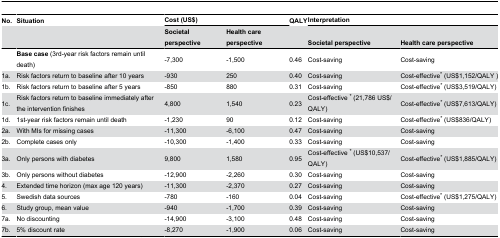
<table><thead><tr><td><b>No.</b></td><td><b>Situation</b></td><td colspan="2"><b>Cost (US$) </b></td><td><b>QALY</b></td><td colspan="2"><b>Interpretation</b></td></tr><tr><td></td><td></td><td><b>Societal perspective</b></td><td><b>Health care perspective</b></td><td></td><td><b>Societal perspective</b></td><td><b>Health care perspective</b></td></tr></thead><tbody><tr><td></td><td><b>Base case</b> (3rd-year risk factors remain until death)</td><td>-7,300</td><td>-1,500</td><td>0.46</td><td>Cost-saving</td><td>Cost-saving</td></tr><tr><td>1a.</td><td>Risk factors return to baseline after 10 years</td><td>-930</td><td>250</td><td>0.40</td><td>Cost-saving</td><td>Cost-effective* (US$1,152/QALY )</td></tr><tr><td>1b.</td><td>Risk factors return to baseline after 5 years</td><td>-850</td><td>880</td><td>0.31</td><td>Cost-saving</td><td>Cost-effective* (US$3,519/QALY)</td></tr><tr><td>1c.</td><td>Risk factors return to baseline immediately after the intervention finishes</td><td>4,800</td><td>1,540</td><td>0.23</td><td>Cost-effective * (21,786 US$/QALY)</td><td>Cost-effective* (US$7,613/QALY)</td></tr><tr><td>1d.</td><td>1st-year risk factors remain until death</td><td>-1,230</td><td>90</td><td>0.12</td><td>Cost-saving</td><td>Cost-effective* (US$836/QALY)</td></tr><tr><td>2a.</td><td>With MIs for missing cases</td><td>-11,300</td><td>-6,100</td><td>0.47</td><td>Cost-saving</td><td>Cost-saving</td></tr><tr><td>2b.</td><td>Complete cases only</td><td>-10,300</td><td>-1,400</td><td>0.33</td><td>Cost-saving</td><td>Cost-saving</td></tr><tr><td>3a.</td><td>Only persons with diabetes </td><td>9,800</td><td>1,580</td><td>0.95</td><td>Cost-effective * (US$10,537/QALY)</td><td>Cost-effective* (US$1,885/QALY)</td></tr><tr><td>3b.</td><td>Only persons without diabetes</td><td>-12,900</td><td>-2,260</td><td>0.30</td><td>Cost-saving</td><td>Cost-saving</td></tr><tr><td>4.</td><td>Extended time horizon (max age 120 years)</td><td>-11,300</td><td>-2,370</td><td>0.27</td><td>Cost-saving</td><td>Cost-saving</td></tr><tr><td>5.</td><td>Swedish data sources</td><td>-780</td><td>-160</td><td>0.04</td><td>Cost-saving</td><td>Cost-effective* (US$1,275/QALY)</td></tr><tr><td>6.</td><td>Study group, mean value</td><td>-940</td><td>-1,700</td><td>0.39</td><td>Cost-saving</td><td>Cost-saving</td></tr><tr><td>7a.</td><td>No discounting</td><td>-14,900</td><td>-3,100</td><td>0.48</td><td>Cost-saving</td><td>Cost-saving</td></tr><tr><td>7b.</td><td>5% discount rate </td><td>-8,270</td><td>-1,900</td><td>0.06</td><td>Cost-saving</td><td>Cost-saving</td></tr></tbody></table>